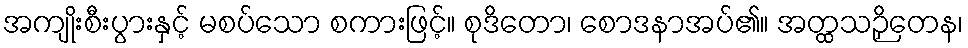
အကျိုးစီးပွားနှင့် မစပ်သော စကားဖြင့်။ စုဒိတော၊ စောဒနာအပ်၏။ အတ္ထသဉှိတေန၊